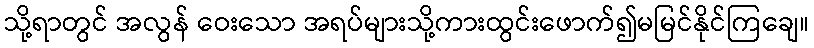
သို့ရာတွင် အလွန် ဝေးသော အရပ်များသို့ကားထွင်းဖောက်၍မမြင်နိုင်ကြချေ။